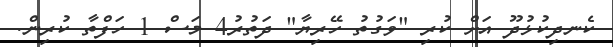
ކެނދިކުޅުދޫ އަށް ކުރި "ވަގުތު ހޭރިޔާ" ދަތުރު4 މަސް 1 ހަފްތާ ކުރިން.